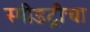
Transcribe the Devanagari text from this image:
स्पीडट्रीचा